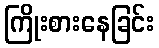
ကြိုးစားနေခြင်း